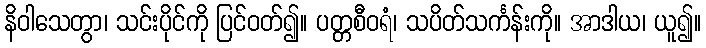
နိဝါသေတွာ၊ သင်းပိုင်ကို ပြင်ဝတ်၍။ ပတ္တစီဝရံ၊ သပိတ်သင်္ကန်းကို။ အာဒါယ၊ ယူ၍။